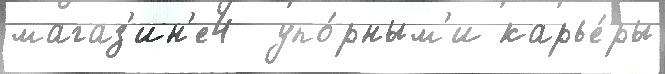
магаз'ин'е4  упо́рным'и карье́ры